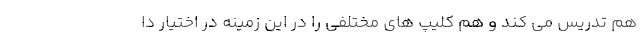
هم تدریس می کند و هم کلیپ های مختلفی را در این زمینه در اختیار دا